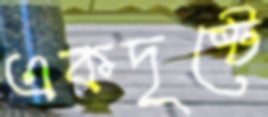
একদৃষ্টে